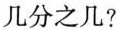
几分之几?